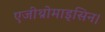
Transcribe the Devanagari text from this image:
एजीथ्रोमाइसिन।